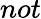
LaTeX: not